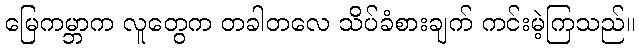
မြေကမ္ဘာက လူတွေက တခါတလေ သိပ်ခံစားချက် ကင်းမဲ့ကြသည်။